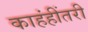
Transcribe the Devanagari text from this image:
काहंहींतरी